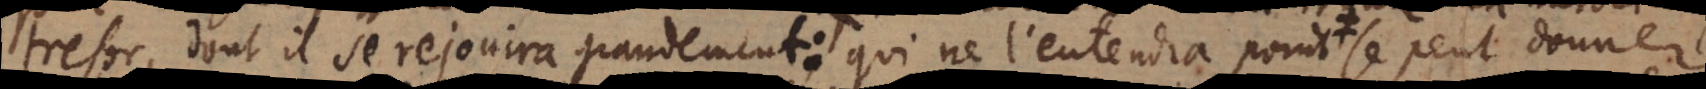
tresor, dont il se rejouira grandement: qui ne l’entendra point se peut donner